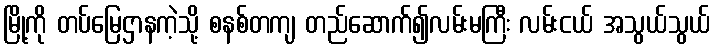
မြို့ကို တပ်မြေဌာနကဲ့သို့ စနစ်တကျ တည်ဆောက်၍လမ်းမကြီး လမ်းငယ် အသွယ်သွယ်